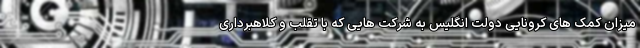
میزان کمک های کرونایی دولت انگلیس به شرکت هایی که با تقلب و کلاهبرداری